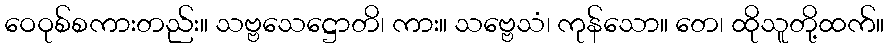
ဝေဝုစ်စကားတည်း။ သဗ္ဗသေဋ္ဌောတိ၊ ကား။ သဗ္ဗေသံ၊ ကုန်သော။ တေ၊ ထိုသူတို့ထက်။